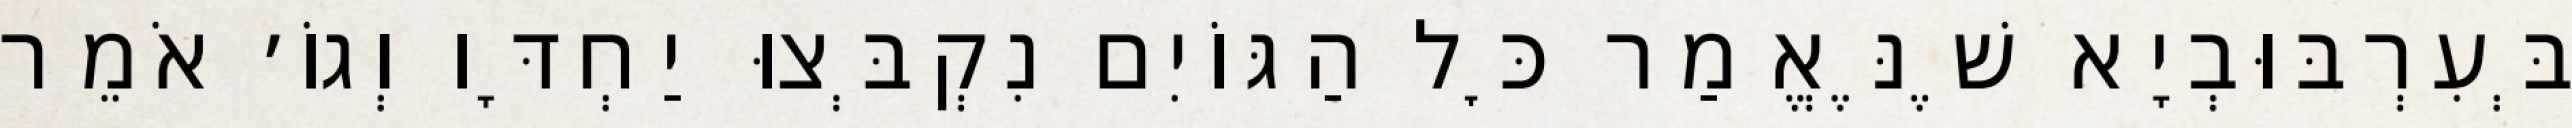
בְּעִרְבּוּבְיָא שֶׁנֶּאֱמַר כׇּל הַגּוֹיִם נִקְבְּצוּ יַחְדָּו וְגוֹ׳ אֹמֵר